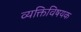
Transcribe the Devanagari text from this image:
व्यक्तिविषयक